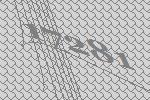
17281